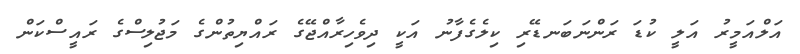
އަލްއަމީރު އަލީ ކުޑަ ރަންނަބަނޑޭރި ކިލެގެފާނު އަކީ ދިވެހިރާއްޖޭގެ ރައްޔިތުންގެ މަޖުލިސްގެ ރައީސްކަން